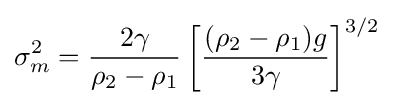
\sigma _{m}^{2}={\frac {2\gamma }{\rho _{2}-\rho _{1}}}\left[{\frac {(\rho _{2}-\rho _{1})g}{3\gamma }}\right]^{3/2}